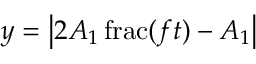
y = \left| 2 A _ { 1 } \operatorname { f r a c } ( f t ) - A _ { 1 } \right|